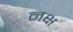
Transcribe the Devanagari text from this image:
नक्ष